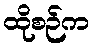
ထိုစဉ်က